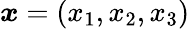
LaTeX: \boldsymbol{x}=(x_{1},x_{2},x_{3})